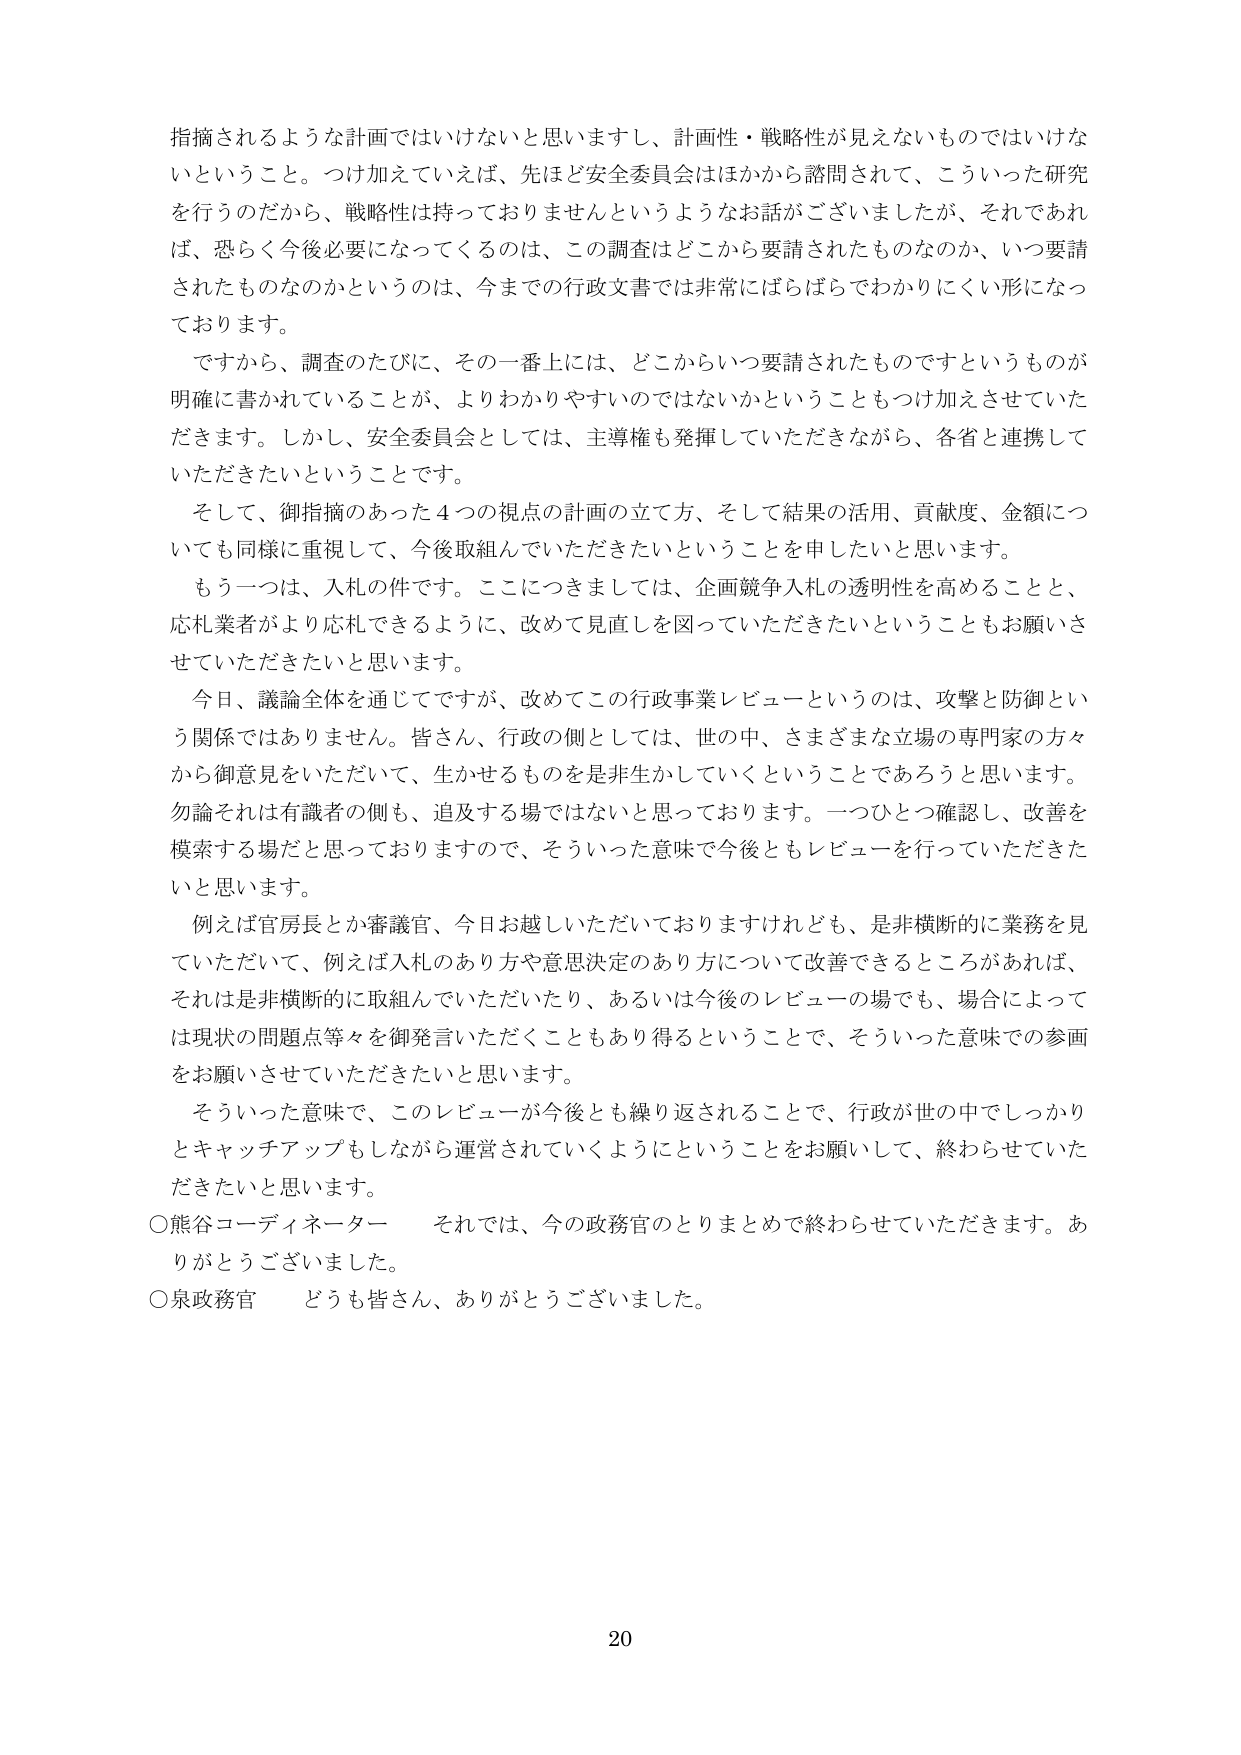
指摘されるような計画ではいけないと思いますし、計画性・戦略性が見えないものではいけないということ。つけ加えていえば、先ほど安全委員会はほかから諮問されて、こういった研究を行うのだから、戦略性は持っておりませんというようなお話がございましたが、それであれば、恐らく今後必要になってくるのは、この調査はどこから要請されたものなのか、いつ要請されたものなのかというのは、今までの行政文書では非常にばらばらでわかりにくい形になっております。

ですから、調査のたびに、その一番上には、どこからいつ要請されたものですというものが明確に書かれていることが、よりわかりやすいのではないかということもつけ加えさせていただきます。しかし、安全委員会としては、主導権も発揮していただきながら、各省と連携していただきたいということです。

そして、御指摘のあった4つの視点の計画の立て方、そして結果の活用、貢献度、金額についても同様に重視して、今後取組んでいただきたいということを申ししたいと思います。

もう一つは、入札の件です。ここにつきましては、企画競争入札の透明性を高めることと、応札業者がより応札できるように、改めて見直しを図っていただきたいということもお願いさせていただきたいと思います。

今日、議論全体を通じてですが、改めてこの行政事業レビューというのは、攻撃と防御という関係ではありません。皆さん、行政の側としては、世の中、さまざまな立場の専門家の方々から御意見をいただいて、生かせるものを是非生かしていくということであろうと思います。勿論それは有識者の側も、追及する場ではないと思っております。一つひとつ確認し、改善を模索する場だと思っておりますので、そういった意味で今後ともレビューを行っていただきたいと思います。

例えば官房長とか審議官、今日お越しいただいておりますけれども、是非横断的に業務を見ていただいて、例えば入札のあり方や意思決定のあり方について改善できるところがあれば、それは是非横断的に取組んでいただいたり、あるいは今後のレビューの場でも、場合によっては現状の問題点等々を御発言いただくこともあり得るということで、そういった意味での参画をお願いさせていただきたいと思います。

そういった意味で、このレビューが今後とも繰り返されることで、行政が世の中でしっかりとキャッチアップもしながら運営されていくようにということをお願いして、終わらせていただきたいと思います。

○熊谷コーディネーター　それでは、今の政務官のとりまとめで終わらせていただきます。ありがとうございました。

○泉政務官　どうも皆さん、ありがとうございました。

20